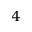
4